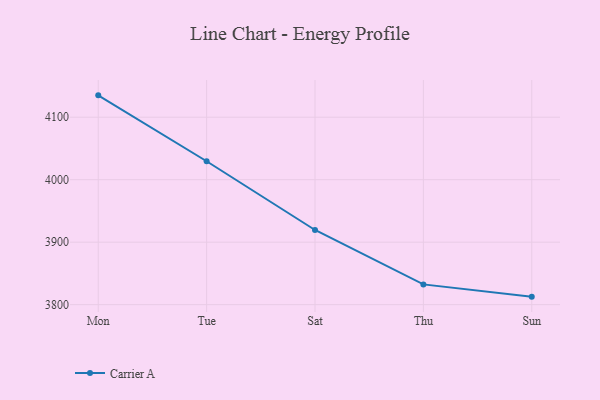
{"axis": {"x": "Day", "y": "Market Share (%)"}, "legend": ["Carrier A"], "data": [{"x": "Mon", "y": 4135.0, "type": "Carrier A"}, {"x": "Tue", "y": 4029.5, "type": "Carrier A"}, {"x": "Sat", "y": 3919.5, "type": "Carrier A"}, {"x": "Thu", "y": 3832.4, "type": "Carrier A"}, {"x": "Sun", "y": 3812.8, "type": "Carrier A"}]}